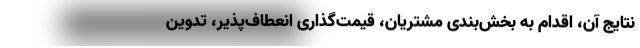
نتایج آن، اقدام به بخش‌بندی مشتریان، قیمت‌گذاری انعطاف‌پذیر، تدوین